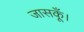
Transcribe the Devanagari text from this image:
जासकूँ।